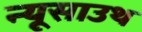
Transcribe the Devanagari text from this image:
न्यूसाउथ